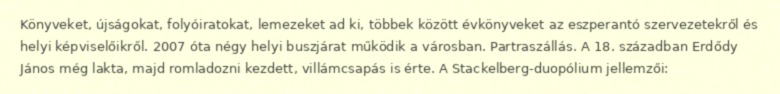
Könyveket, újságokat, folyóiratokat, lemezeket ad ki, többek között évkönyveket az eszperantó szervezetekről és helyi képviselőikről. 2007 óta négy helyi buszjárat működik a városban. Partraszállás. A 18. században Erdődy János még lakta, majd romladozni kezdett, villámcsapás is érte. A Stackelberg-duopólium jellemzői: